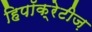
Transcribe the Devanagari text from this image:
हिपॉक्रेटीज़